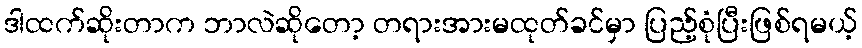
ဒါထက်ဆိုးတာက ဘာလဲဆိုတော့ တရားအားမထုတ်ခင်မှာ ပြည့်စုံပြီးဖြစ်ရမယ့်